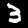
Digit: 3